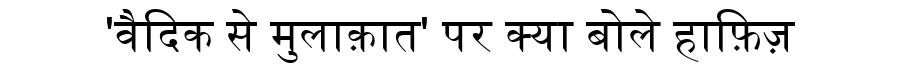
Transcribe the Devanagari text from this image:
'वैदिक से मुलाक़ात' पर क्या बोले हाफ़िज़